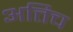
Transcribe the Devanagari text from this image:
अत्तिच